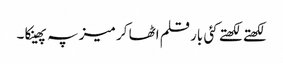
لکھتے لکھتے کئی بار قلم اٹھا کر میز پہ پھینکا ۔